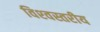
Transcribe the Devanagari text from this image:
विश्‍वस्तरीय